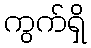
ကွက်ရှိ